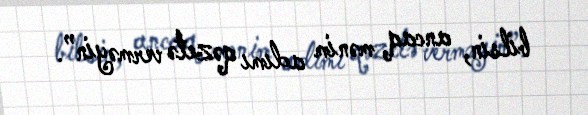
bilsin, ancaq mənim adımı qəzetə verməyin”.